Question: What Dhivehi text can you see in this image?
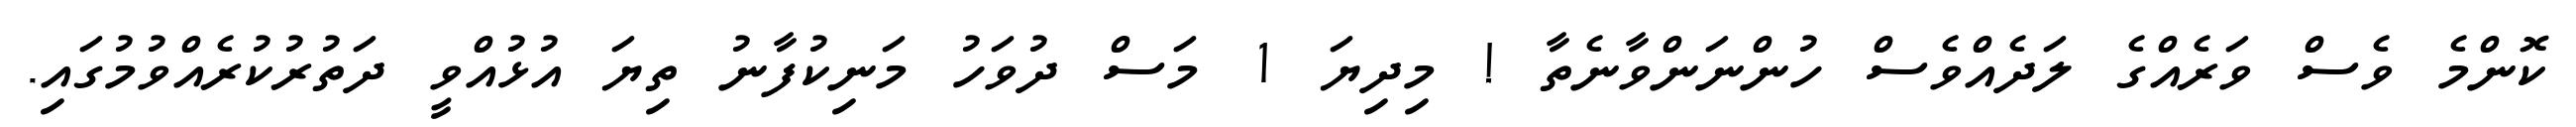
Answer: ކޮންމެ ވެސް ވަރެއްގެ ލަދެއްވެސް ހުންނަންވާނެތާ ! މިދިޔަ 1 މަސް ދުވަހު މަނިކުފާނު ތިޔަ އުޅުއްވީ ދަތުރުކުރެއްވުމުގައި.